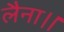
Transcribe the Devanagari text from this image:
लैना।।